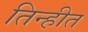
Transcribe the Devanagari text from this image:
तिन्हीत